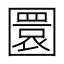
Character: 圜